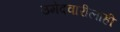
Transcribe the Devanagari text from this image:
उमेदवारीलाही